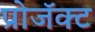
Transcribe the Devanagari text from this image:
प्रोजॅक्ट